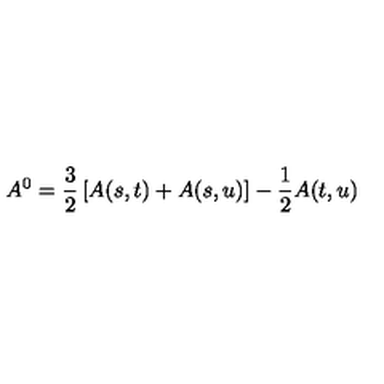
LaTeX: A ^ { 0 } = \frac { 3 } { 2 } \left[ A ( s , t ) + A ( s , u ) \right] - \frac { 1 } { 2 } A ( t , u )